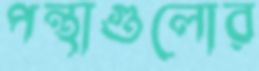
পন্থাগুলোর